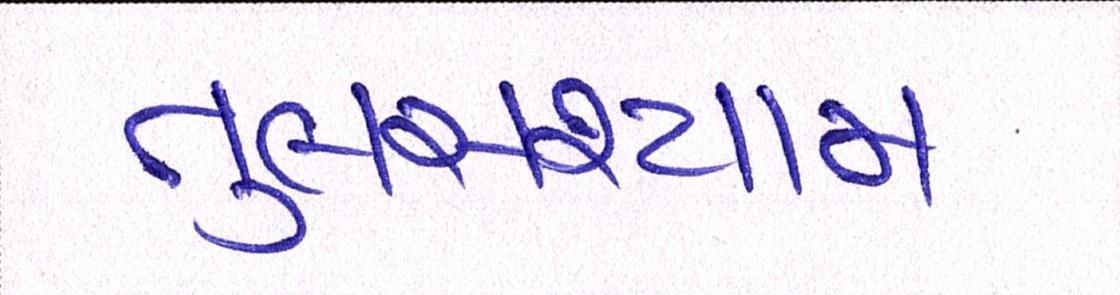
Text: તુલસીશ્યામ